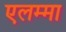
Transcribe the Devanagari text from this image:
एलम्‍मा